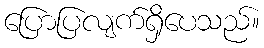
ပြောပြလျက်ရှိပေသည်။